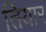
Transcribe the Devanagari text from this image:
तियार